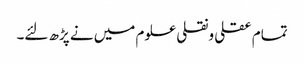
تمام عقلی ونقلی علوم میں نے پڑھ لئے۔